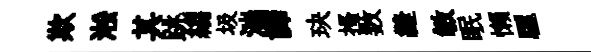
欺淞其跳縐圾湍譁玦搔数縫敏眠懶驪